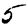
Digit: 5